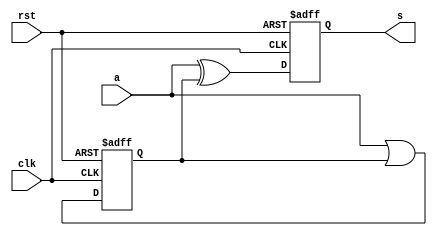
module TCMP(clk, rst, a, s);
    input clk, rst;
    input a;
    output reg s;
    reg z;
    always @(posedge clk or posedge rst) begin
        if (rst) begin
            s <= 1'b0;
            z <= 1'b0;
        end
        else begin
            z <= a | z;
            s <= a ^ z;
        end
    end
endmodule